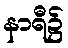
နာရီ၌